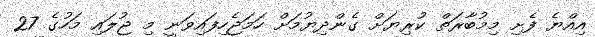
އިއްޔެ ފެށި މިމުބާރަތް ކުރިޔަށް ގެންދިޔުމަށް ހަމަޖެހިފައިވަނީ މި ޖުލައި މަހުގެ 27